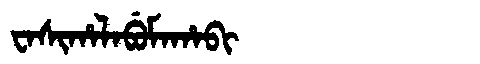
Manchu: ᠸᠠᠰᡳᡥᠠᠯᠠᠪᡠᠮᠠᡥᠠᠪᡳ
Romanization: WASIHALABUMAHABI